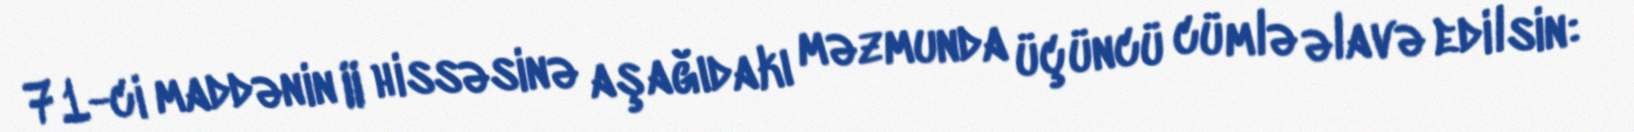
71-ci maddənin II hissəsinə aşağıdakı məzmunda üçüncü cümlə əlavə edilsin: